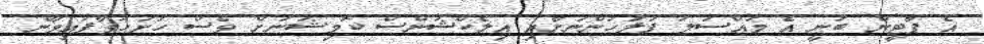
އެ ޕާޓީން ބުނީ އެ މައްސަލަ ފުލުހުންނަށާއި އިލެކްޝަންސް ކޮމިޝަނަށް ވެސް ހުށަހަޅާފައިވާނެ